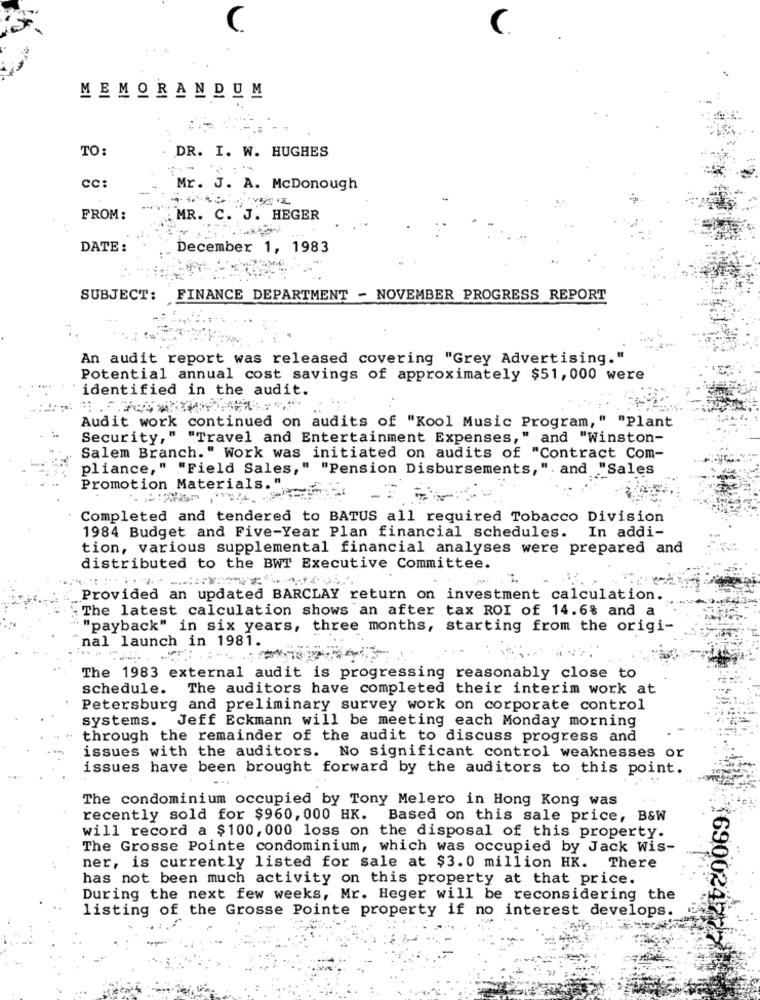
C
C.
MEMORANDUM
TO:
DR. I. W. HUGHES
cc:
Mr. J. A. McDonough
FROM:
MR. C. J. HEGER
DATE :
December 1, 1983
SUBJECT:
FINANCE DEPARTMENT - NOVEMBER PROGRESS REPORT
An audit report was released covering "Grey Advertising."
Potential annual cost savings of approximately $51,000 were
identified in the audit.
Audit work continued on audits of "Kool Music Program," "Plant
Security," "Travel and Entertainment Expenses," and "Winston-
Salem Branch." Work was initiated on audits of "Contract Com-
pliance," "Field Sales," "Pension Disbursements," and "Sales
Promotion Materials."
Completed and tendered to BATUS all required Tobacco Division
1984 Budget and Five-Year Plan financial schedules. In addi-
tion, various supplemental financial analyses were prepared and
distributed to the BWT Executive Committee.
Provided an updated BARCLAY return on investment calculation.
The latest calculation shows an after tax ROI of 14.6% and a
"payback" in six years, three months, starting from the origi-
nal launch in 1981.
The 1983 external audit is progressing reasonably close to
schedule. The auditors have completed their interim work at
Petersburg and preliminary survey work on corporate control
systems. Jeff Eckmann will be meeting each Monday morning
..
through the remainder of the audit to discuss progress and
issues with the auditors. No significant control weaknesses or
issues have been brought forward by the auditors to this point.
The condominium occupied by Tony Melero in Hong Kong was
recently sold for $960, 000 HK. Based on this sale price, B&W
will record a $100, 000 loss on the disposal of this property.
The Grosse Pointe condominium, which was occupied by Jack Wis-
ner, is currently listed for sale at $3.0 million HK. There
has not been much activity on this property at that price.
During the next few weeks, Mr. Heger will be reconsidering the
listing of the Grosse Pointe property if no interest develops.